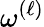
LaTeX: \omega^{(\ell)}